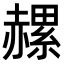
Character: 𧹶